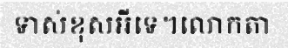
ទាស់ខុសអីទេ។លោកតា